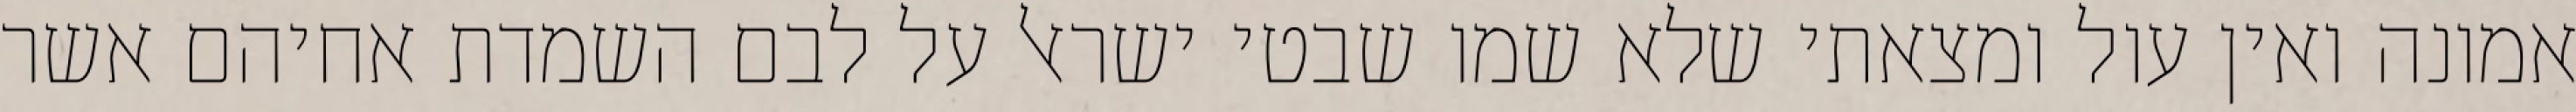
אמונה ואין עול ומצאתי שלא שמו שבטי ישראל על לבם השמדת אחיהם אשר